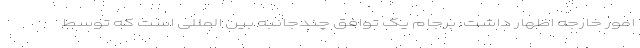
امور خارجه اظهار داشت: برجام یک توافق چندجانبه بین المللی است که توسط